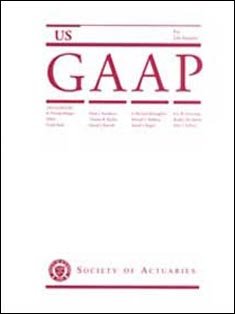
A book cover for U.S. Gaap for Life Insurers; R. Thomas Herget; Business & Money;